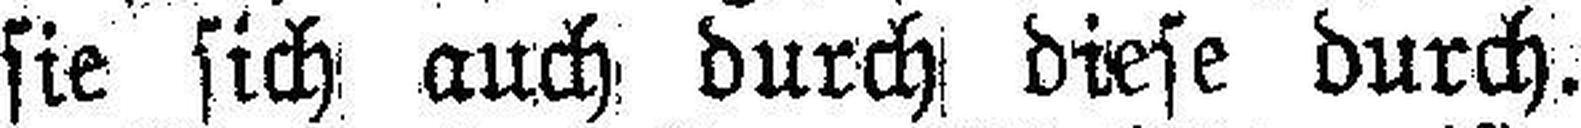
sie sich auch durch diese durch.